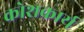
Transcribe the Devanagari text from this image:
कोशकार्य